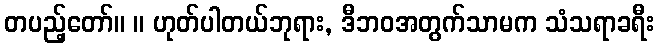
တပည့်တော်။ ။ ဟုတ်ပါတယ်ဘုရား, ဒီဘဝအတွက်သာမက သံသရာခရီး